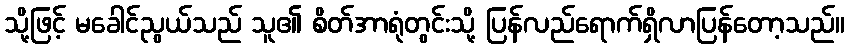
သို့ဖြင့် မခေါင်ညွယ်သည် သူ၏ စိတ်အာရုံတွင်းသို့ ပြန်လည်ရောက်ရှိလာပြန်တော့သည်။